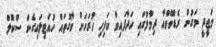
މަޖީދީ މަގުން ރެޑްވޭވްއާ ދިމާލުގައި ހަދާފައިވާ ކަފިހި ހުރަހަށް ވާގޮތައް ހުއްޓިލައިގެން ސްކޫލް